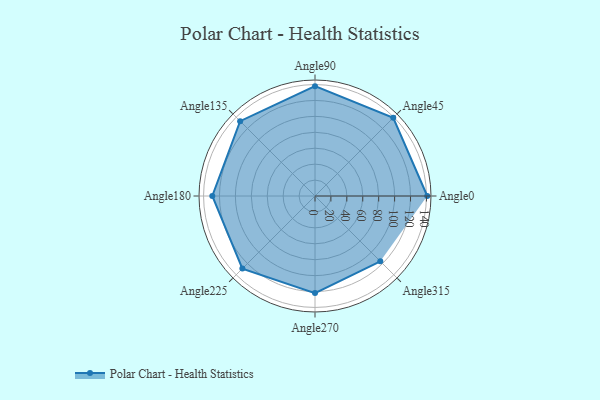
{"axis": {"x": "Angle", "y": "Radius"}, "legend": [""], "data": [{"x": "Angle0", "y": 141.0, "type": ""}, {"x": "Angle45", "y": 139.0, "type": ""}, {"x": "Angle90", "y": 138.0, "type": ""}, {"x": "Angle135", "y": 133.0, "type": ""}, {"x": "Angle180", "y": 129.0, "type": ""}, {"x": "Angle225", "y": 129.0, "type": ""}, {"x": "Angle270", "y": 122.0, "type": ""}, {"x": "Angle315", "y": 116.0, "type": ""}]}